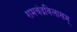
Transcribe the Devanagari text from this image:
रामचंद्रविलासम्